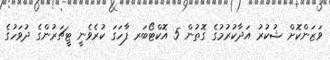
ވަޒަންކޮށް ޝުކުރު އަދާކުރުމުގެ ގޮތުން 5 އޮކްޓޯބަރ ފާހަގަ ކުރެވެނީ ޓީޗަރުންގެ ދުވަހުގެ